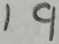
1 9